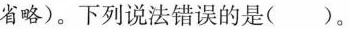
省略)。下列说法错误的是( )。